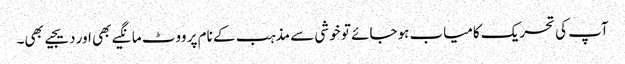
آپ کی تحریک کامیاب ہوجائے تو خوشی سے مذہب کے نام پر ووٹ مانگیے بھی اور دیجیے بھی۔